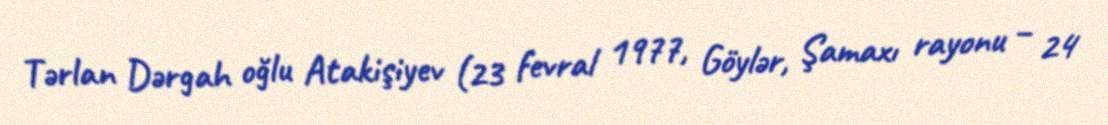
Tərlan Dərgah oğlu Atakişiyev (23 fevral 1977, Göylər, Şamaxı rayonu – 24